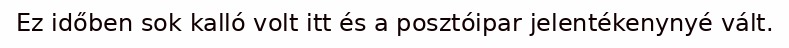
Ez időben sok kalló volt itt és a posztóipar jelentékenynyé vált.